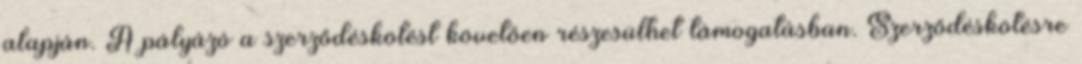
alapján. A pályázó a szerződéskötést követően részesülhet támogatásban. Szerződéskötésre